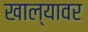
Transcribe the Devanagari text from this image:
खाल्यावर